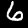
Label: 6